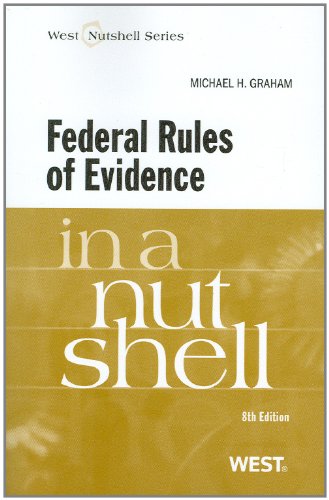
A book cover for Federal Rules of Evidence in a Nutshell, 8th Edition (West Nutshell Series); Michael Graham; Law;